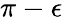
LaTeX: \pi-\epsilon